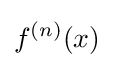
f^{(n)}(x)